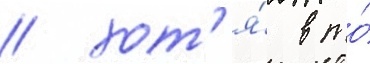
/ хот'я́ в то́